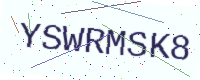
Text: YSWRMSK8